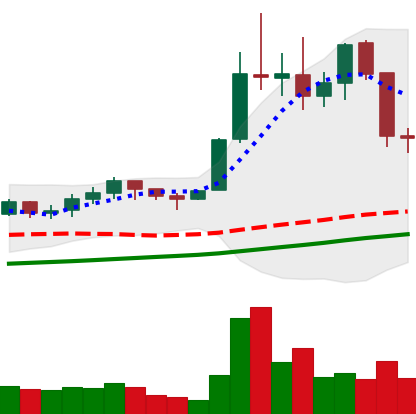
Ticker: LTC-USD
Chart end date: 2021-11-17
Forward return: -8.865%
Label: down_7plus